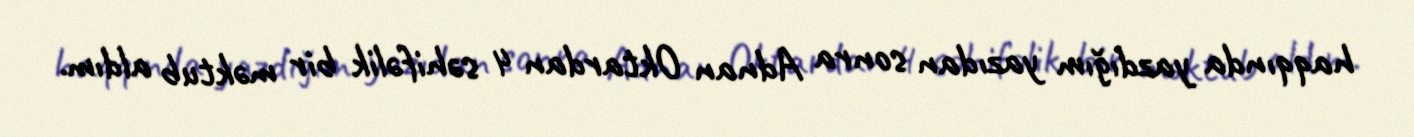
haqqında yazdığım yazıdan sonra Adnan Oktardan 4 səhifəlik bir məktub aldım.